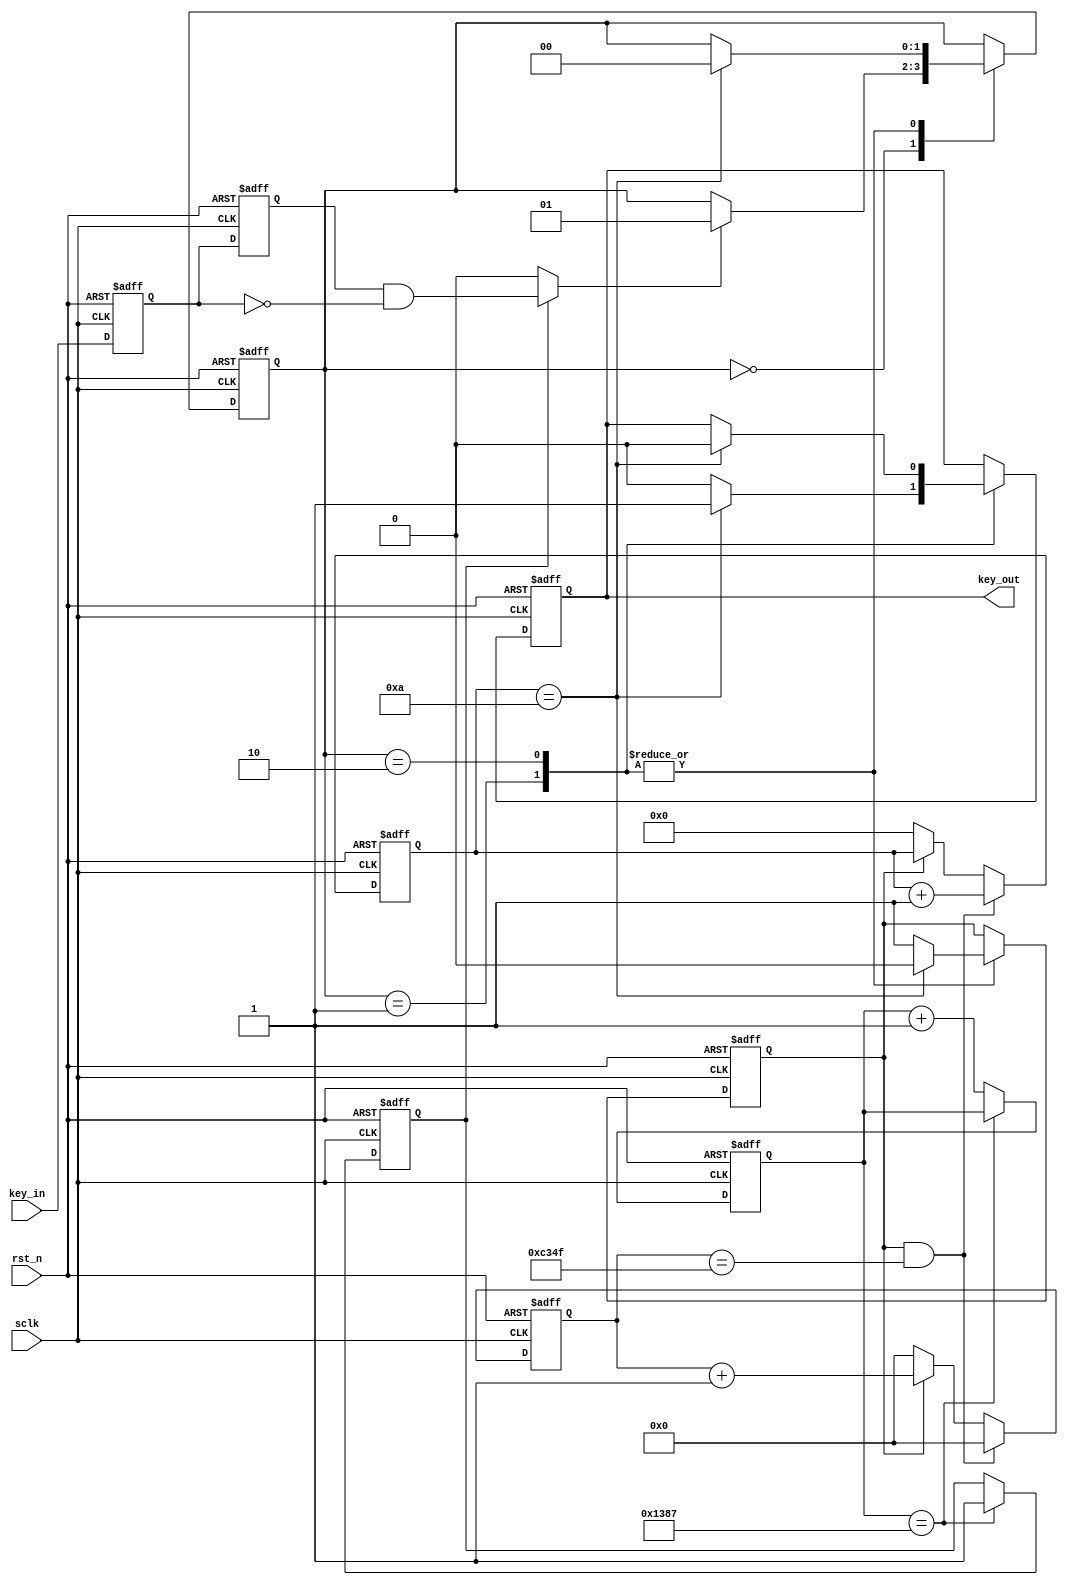

//

module key_debounce (

 input wire sclk,
 input wire rst_n,
 input wire key_in,
 
 output wire key_out
);

 parameter T100US = 13'd4_999;
 parameter T1MS   = 16'd49_999;
 
 reg [12:0] count1;
 reg count_r;
 reg en_r;
// reg h2l_sign_r;
 //reg l2h_sign_r;
 wire h2l_sign;
 wire l2h_sign;
 
 reg key_out_r;

 //--------------------------- detect module -----------------------------------
 
 always @ (posedge sclk,negedge rst_n)
    if (!rst_n) begin 
    	count1 <= 11'd0;
    	en_r <= 1'b0;
    end
    else if (count1 == T100US)  
    	en_r <= 1'b1;
    else count1 <= count1 + 1'b1;
    
 //======================================================================
 
 reg h2l_r1;
 reg h2l_r2;
 reg l2h_r1;
 reg l2h_r2;
 
 always @ (posedge sclk,negedge rst_n)
    if (!rst_n) 
       {h2l_r1,h2l_r2,l2h_r1,l2h_r2} <= 4'd0;
    else begin 
    	 h2l_r1 <= key_in;
    	 h2l_r2 <= h2l_r1;
    	 l2h_r1 <= key_in;
    	 l2h_r2 <= l2h_r1;
    end 

  
    assign h2l_sign = en_r? (h2l_r2 & !h2l_r1):1'b0; //negedge h2l_sign = 1
    assign l2h_sign = en_r? (l2h_r1 & !l2h_r2):1'b0;//posedge l2h_sign = 1
  
  
//=========================================================================
//1ms
//count_r
 reg [15:0] count_1ms;
 always @ (posedge sclk,negedge rst_n)
  if (!rst_n) 
     count_1ms <= 16'd0;
  else if (count_r && count_1ms == T1MS) 
     count_1ms <= 16'd0;
  else if (count_r)
     count_1ms <= count_1ms + 1'b1; // 
  else if (!count_r)
     count_1ms <= 16'd0;
  
 //10ms
 
 reg [3:0] count_10ms;
 
 always @ (posedge sclk,negedge rst_n)
  if (!rst_n)
     count_10ms <= 4'd0;
  else if (count_r && count_1ms == T1MS)
     count_10ms <= count_10ms + 1'b1;
  else if (!count_r)
     count_10ms <= 4'd0;
     
//==================================================================
 
 reg [1:0] i;
 
 always @ (posedge sclk,negedge rst_n)
  if (!rst_n) begin 
  	count_r <= 1'b0;
  	key_out_r <= 1'b0;
  	i <= 3'd0;
  end 
  else 
     case (i)
     2'd0: if (h2l_sign) //negedge
              i <= 2'd1; 
//           else if (l2h_sign) //posedge 
//              i <= 2'd2; 
              
     2'd1: if (count_10ms == 4'd10) begin //
     	        count_r <= 1'b0;
     	        key_out_r <= 1'b1;
     	        i <= 2'd0;end 
     	     else begin  
     	        count_r <= 1'b1;//pin_out
     	        key_out_r <= 1'b0;
     	      end 
     	        
     2'd2: if (count_10ms == 4'd10) begin //
     	        count_r <= 1'b0;
     	        key_out_r <= 1'b0;
     	        i <= 2'd0;end 
     	     else
     	        count_r <=  1'b1;
    
   endcase
 
 assign key_out = key_out_r;
   
endmodule